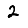
Digit: 2